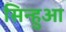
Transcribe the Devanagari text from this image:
सिन्हुआ